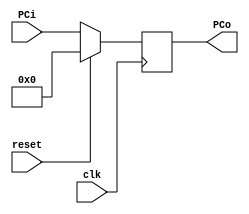
module Program_Counter(clk, reset, PCi, PCo);

input clk, reset;
input [7:0]PCi;

output reg [7:0]PCo;


always @ (posedge clk) begin

	if (reset == 1'b1)
	PCo = 8'b0;
   else
	PCo = PCi;

end

endmodule